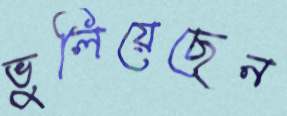
ভুলিয়েছেন